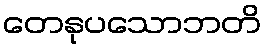
တေနုပသောဘတိ